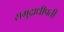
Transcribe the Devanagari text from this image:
समुद्राधीपती